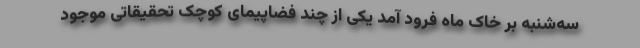
سه‌شنبه بر خاک ماه فرود آمد یکی از چند فضاپیمای کوچک تحقیقاتیِ موجود